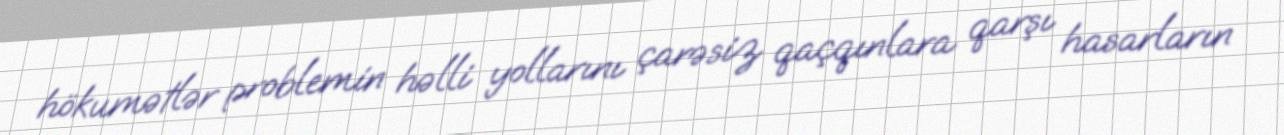
hökumətlər problemin həlli yollarını çarəsiz qaçqınlara qarşı hasarların